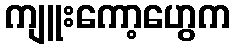
ကျူးကော့ဟွေက